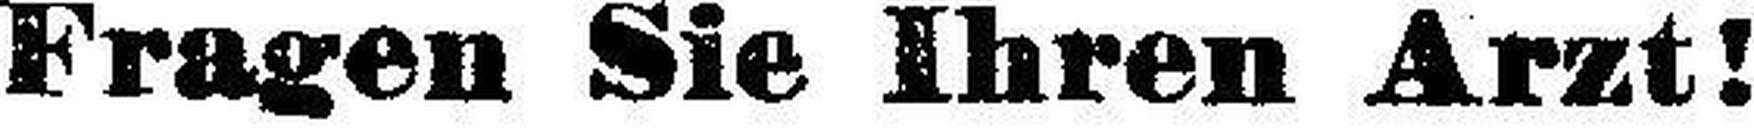
Fragen Sie Ihren Arzt!